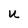
Character: U